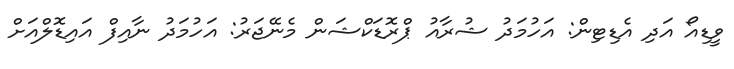
ވީޑިއޯ އަދި އެޑިޓިން: އަހުމަދު ޝުރާއު ޕްރޮޑަކްޝަން މެނޭޖަރު: އަހުމަދު ނާއިފް އައިޑޮލްއަށް